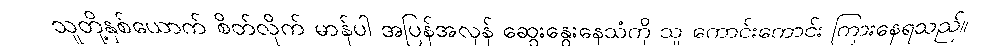
သူတို့နှစ်ယောက် စိတ်လိုက် မာန်ပါ အပြန်အလှန် ဆွေးနွေးနေသံကို သူ ကောင်းကောင်း ကြားနေရသည်။